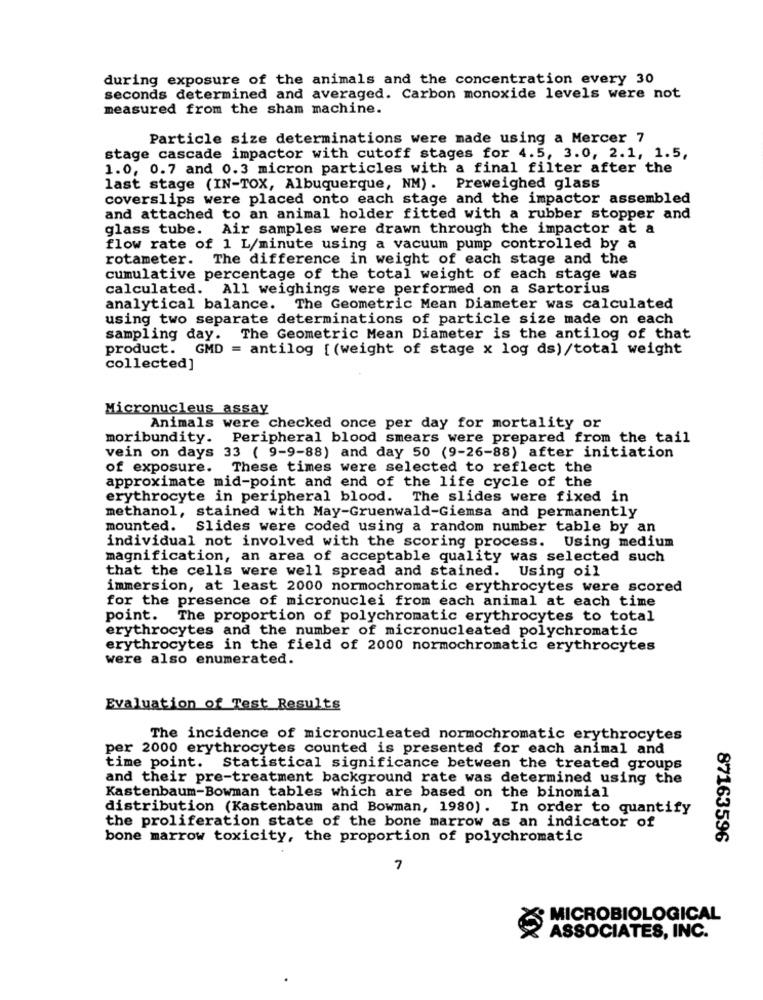
during exposure of the animals and the concentration every 30
seconds determined and averaged. Carbon monoxide levels were not
measured from the sham machine.
Particle size determinations were made using a Mercer 7
stage cascade impactor with cutoff stages for 4.5, 3.0, 2.1, 1.5,
1.0, 0.7 and 0.3 micron particles with a final filter after the
last stage (IN-TOX, Albuquerque, NM). Preweighed glass
coverslips were placed onto each stage and the impactor assembled
and attached to an animal holder fitted with a rubber stopper and
glass tube. Air samples were drawn through the impactor at a
flow rate of 1 L/minute using a vacuum pump controlled by a
rotameter. The difference in weight of each stage and the
cumulative percentage of the total weight of each stage was
calculated. All weighings were performed on a Sartorius
analytical balance.
The Geometric Mean Diameter was calculated
using two separate determinations of particle size made on each
sampling day. The Geometric Mean Diameter is the antilog of that
product. GMD = antilog [ (weight of stage x log ds)/total weight
collected]
Micronucleus assay
Animals were checked once per day for mortality or
moribundity. Peripheral blood smears were prepared from the tail
vein on days 33 ( 9-9-88) and day 50 (9-26-88) after initiation
of exposure. These times were selected to reflect the
approximate mid-point and end of the life cycle of the
erythrocyte in peripheral blood. The slides were fixed in
methanol, stained with May-Gruenwald-Giemsa and permanently
mounted. Slides were coded using a random number table by an
individual not involved with the scoring process. Using medium
magnification, an area of acceptable quality was selected such
that the cells were well spread and stained. Using oil
immersion, at least 2000 normochromatic erythrocytes were scored
for the presence of micronuclei from each animal at each time
point. The proportion of polychromatic erythrocytes to total
erythrocytes and the number of micronucleated polychromatic
erythrocytes in the field of 2000 normochromatic erythrocytes
were also enumerated.
Evaluation of Test Results
The incidence of micronucleated normochromatic erythrocytes
per 2000 erythrocytes counted is presented for each animal and
time point. Statistical significance between the treated groups
and their pre-treatment background rate was determined using the
Kastenbaum-Bowman tables which are based on the binomial
distribution (Kastenbaum and Bowman, 1980). In order to quantify
the proliferation state of the bone marrow as an indicator of
bone marrow toxicity, the proportion of polychromatic
87163596
7
MICROBIOLOGICAL
ASSOCIATES, INC.